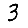
Digit: 3